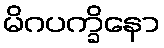
မိဂပက္ခိနော